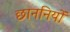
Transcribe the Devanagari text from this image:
छाननियों